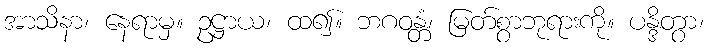
အာသိနာ၊ နေရာမှ။ ဥဋ္ဌာယ၊ ထ၍။ ဘဂဝန္တံ၊ မြတ်စွာဘုရားကို။ ပန္ဒိတွာ၊